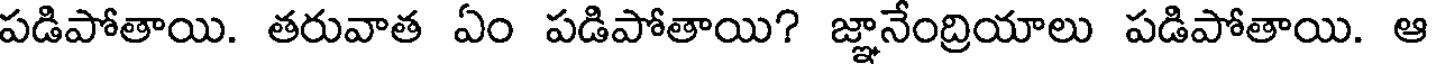
పడిపోతాయి. తరువాత ఏం పడిపోతాయి? జ్ఞానేంద్రియాలు పడిపోతాయి. ఆ